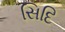
સિદિ